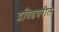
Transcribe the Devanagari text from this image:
द्रविडवरील